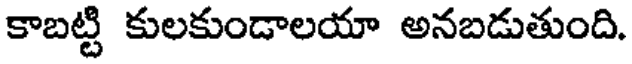
కాబట్టి కులకుండాలయా అనబడుతుంది.